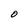
Character: O